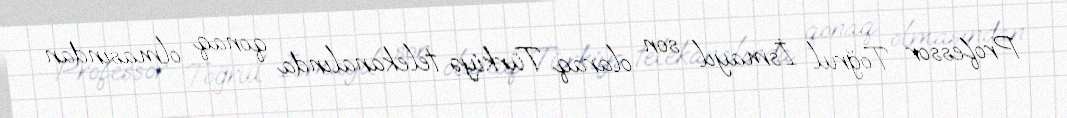
Professor Toğrul İsmayıl son olaraq Türkiyə telekanalında qonaq olmasından